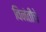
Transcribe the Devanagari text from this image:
विनंतीचे